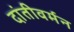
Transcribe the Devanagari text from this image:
दांतीवर्मन